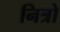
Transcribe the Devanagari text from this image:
नित्रो